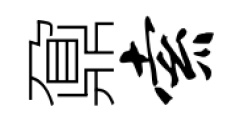
鼐索